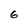
Character: 6